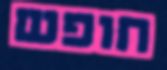
חופש